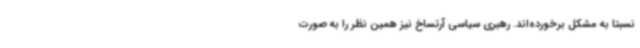
نسبتا به مشکل برخورده‌اند. رهبری سیاسی آرتساخ نیز همین نظر را به صورت